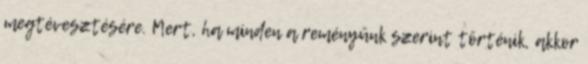
megtévesztésére. Mert, ha minden a reményünk szerint történik, akkor